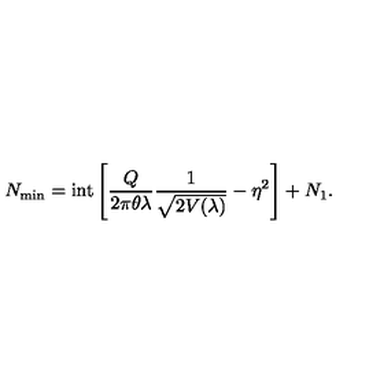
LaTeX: N _ { \mathrm { m i n } } = \mathrm { i n t } \left[ \frac { Q } { 2 \pi \theta \lambda } \frac { 1 } { \sqrt { 2 V ( \lambda ) } } - \eta ^ { 2 } \right] + N _ { 1 } .